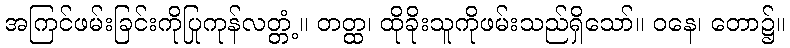
အကြင်ဖမ်းခြင်းကိုပြုကုန်လတ္တံ့။ တတ္ထ၊ ထိုခိုးသူကိုဖမ်းသည်ရှိသော်။ ဝနေ၊ တော၌။